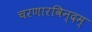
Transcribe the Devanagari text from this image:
चरणारविन्दम्